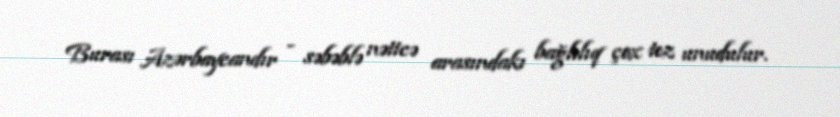
Burası Azərbaycandır - səbəblə nəticə arasındakı bağlılıq çox tez unudulur.